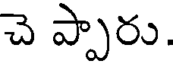
చె ప్పారు.